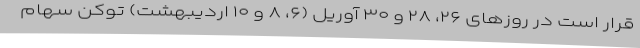
قرار است در روزهای ۲۶، ۲۸ و ۳۰ آوریل (۶، ۸ و ۱۰ اردیبهشت) توکن سهام